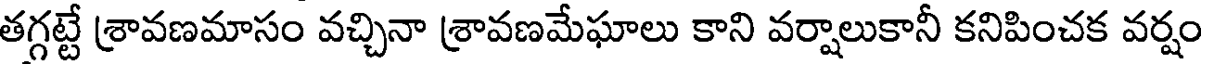
తగ్గట్టే శ్రావణమాసం వచ్చినా శ్రావణమేఘాలు కాని వర్షాలుకానీ కనిపించక వర్షం